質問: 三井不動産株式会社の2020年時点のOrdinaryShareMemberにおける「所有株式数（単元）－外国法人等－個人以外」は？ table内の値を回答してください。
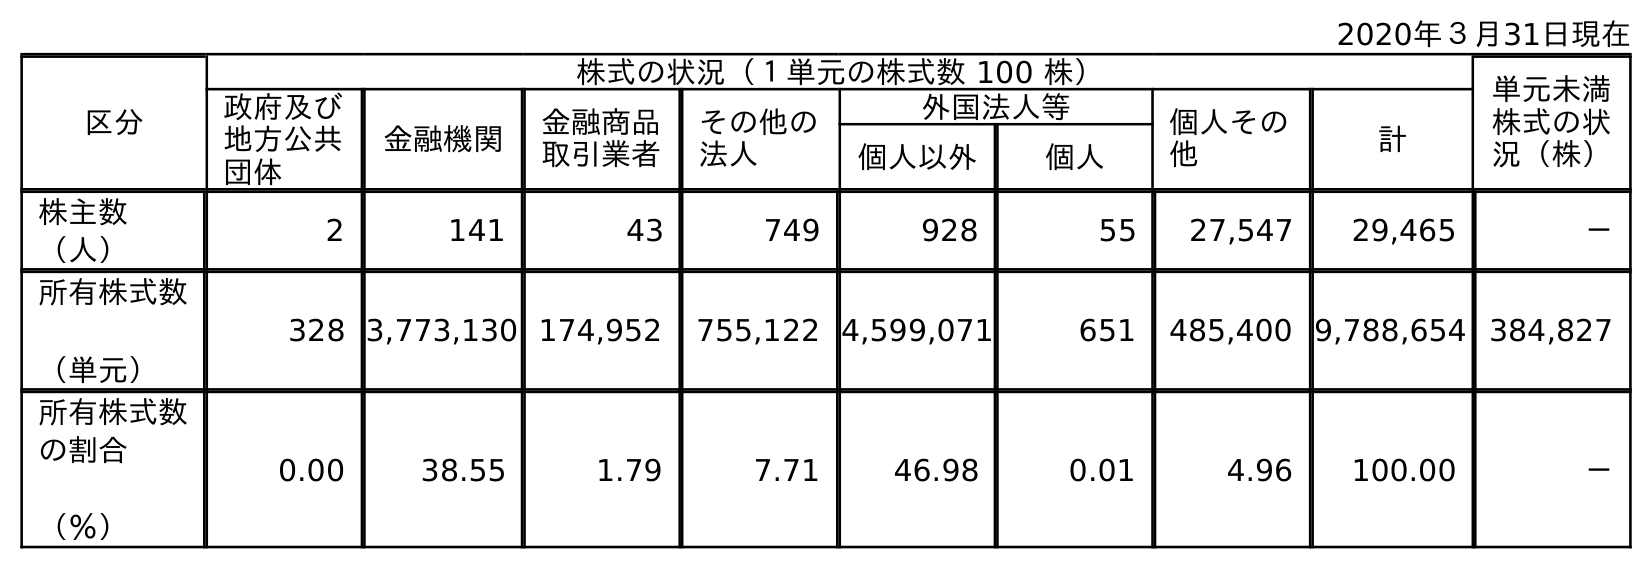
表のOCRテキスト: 2020年３月31日現在 区分 株式の状況（１単元の株式数 100 株） 単元未満 株式の状 況（株） 政府及び 地方公共 団体 金融機関 金融商品 取引業者 その他の 法人 外国法人等 個人その 他 計 個人以外 個人 株主数 （人） 2 141 43 749 928 55 27,547 29,465 － 所有株式数 （単元） 328 3,773,130 174,952 755,122 4,599,071 651 485,400 9,788,654 384,827 所有株式数 の割合 （％） 0.00 38.55 1.79 7.71 46.98 0.01 4.96 100.00 －
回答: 4,599,071